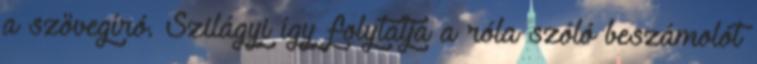
a szövegíró. Szilágyi így folytatja a róla szóló beszámolót